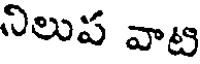
నిలుప వాటి